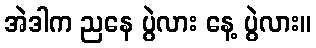
အဲဒါက ညနေ ပွဲလား နေ့ ပွဲလား။